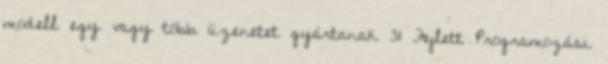
modell egy vagy több üzenetet gyártanak 31 Fejlett Programozási